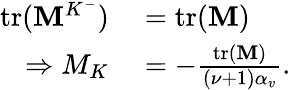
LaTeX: \begin{array}{rl}{\mathrm{tr}(\mathbf{M}^{K^{-}})}&{{}=\mathrm{tr(}\mathbf{M})}\\ {\Rightarrow M_{K}}&{{}=-\frac{\mathrm{tr(}\mathbf{M})}{(\nu+1)\alpha_{v}}.}\end{array}